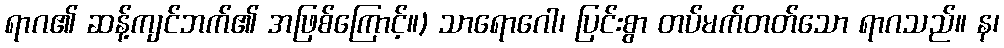
ရာဂ၏ ဆန့်ကျင်ဘက်၏ အဖြစ်ကြောင့်။) သာရောဂေါ၊ ပြင်းစွာ တပ်မက်တတ်သော ရာဂသည်။ န၊